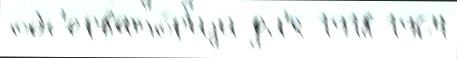
обс'ервато́р'иjи дл'я 1918 1964